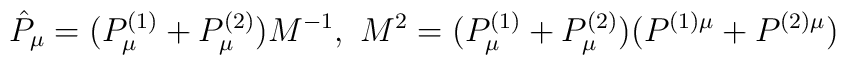
\hat{P}_{\mu}=({P}^{(1)}_{\mu}+{P}^{(2)}_{\mu})M^{-1},\,\,M^{2}=(P^{(1)}_{\mu}+P^{(2)}_{\mu})(P^{(1)\mu}+P^{(2)\mu})